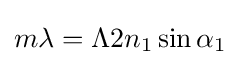
m\lambda =\Lambda 2n_{1}\sin \alpha _{1}